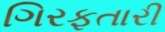
ગિરફતારી